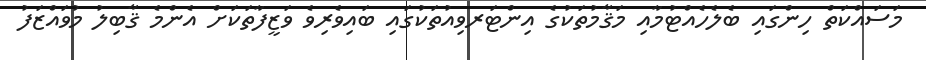
މަސައްކަތް ހިންގައި ބެލެހެއްޓުމާއި މަޤާމުތަކުގެ އިންޓަރވިއުތަކުގައި ބައިވެރިވެ ވަޒީފާތަކަށް އެންމެ ޤާބިލު މުވައްޒަފު